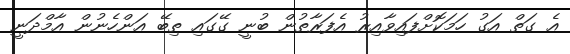
އެ ގަތް އަގު ހަމަކޮށްފައިވާއިރު އެފަރާތުން ބުނީ ގޭގައި ތިބޭ އަންހެނުން އާމްދަނީ